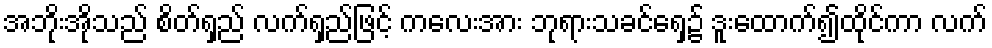
အဘိုးအိုသည် စိတ်ရှည် လက်ရှည်ဖြင့် ကလေးအား ဘုရားသခင်ရှေ့၌ ဒူးထောက်၍ထိုင်ကာ လက်